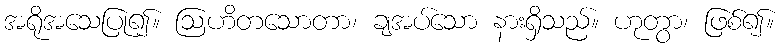
အရိုအသေပြု၍။ ဩဟိတသောတာ၊ ချအပ်သော နားရှိသည်။ ဟုတွာ၊ ဖြစ်၍။